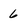
Character: 6